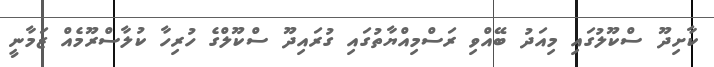
ކާށިދޫ ސްކޫލުގައި މިއަދު ބޭއްވި ރަސްމިއްޔާތުގައި ގުރައިދޫ ސްކޫލްގެ ހުރިހާ ކުލާސްރޫމެއް ޒަމާނީ